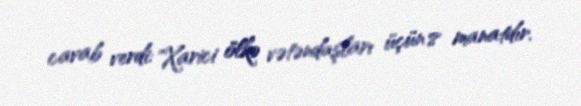
cavab verdi: "Xarici ölkə vətəndaşları üçün 8 manatdır.